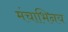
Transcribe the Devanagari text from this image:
मंचाभिनय